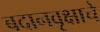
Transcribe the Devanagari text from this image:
बदानवृक्षाचे